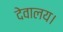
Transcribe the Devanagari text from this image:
देवालय।